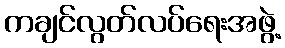
ကချင်လွတ်လပ်ရေးအဖွဲ့